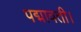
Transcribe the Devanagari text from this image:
पद्मावती।